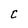
Character: C